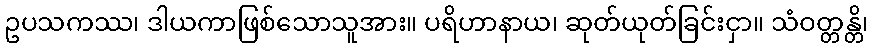
ဥပသကဿ၊ ဒါယကာဖြစ်သောသူအား။ ပရိဟာနာယ၊ ဆုတ်ယုတ်ခြင်းငှာ။ သံဝတ္တန္တိ၊